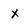
Character: X